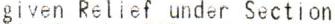
GIVEN RELIEF UNDER SECTION